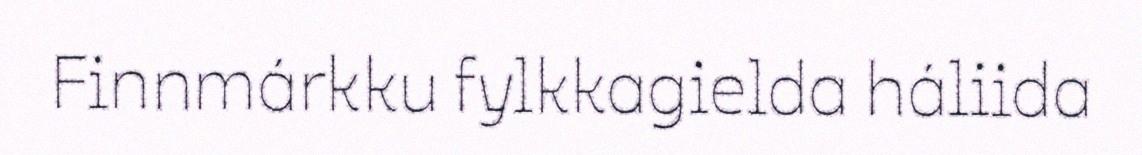
Finnmárkku fylkkagielda háliida